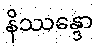
နိဿန္ဒော